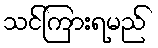
သင်ကြားရမည်